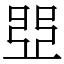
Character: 𠁁